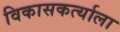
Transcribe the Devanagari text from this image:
विकासकर्त्याला